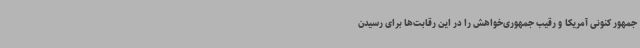
جمهور کنونی آمریکا و رقیب جمهوری‌خواهش را در این رقابت‌ها برای رسیدن